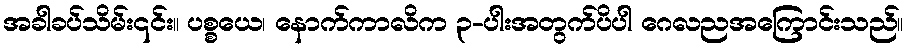
အခါခပ်သိမ်း၎င်း။ ပစ္စယေ၊ နောက်ကာလိက ၃-ပါးအတွက်ပိပါ ဂေလညအကြောင်းသည်။